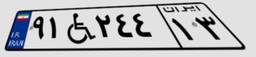
۶۱W۱۱۶۴۵